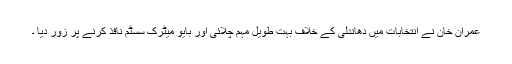
عمران خان نے انتخابات میں دھاندلی کے خلاف بہت طویل مہم چلائی اور بایو میٹرک سسٹم نافذ کرنے پر زور دیا ۔